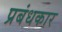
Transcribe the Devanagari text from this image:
प्रबंधकार